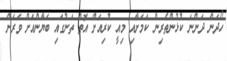
ހޯދަން ދަންނަ ކުޅުންތެރިން ކަމަށާއި މިއީ ކުރިއަށް އޮތް ތަނުގައި ބަޔާންއަށް ވަރަށް